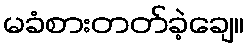
မခံစားတတ်ခဲ့ချေ။